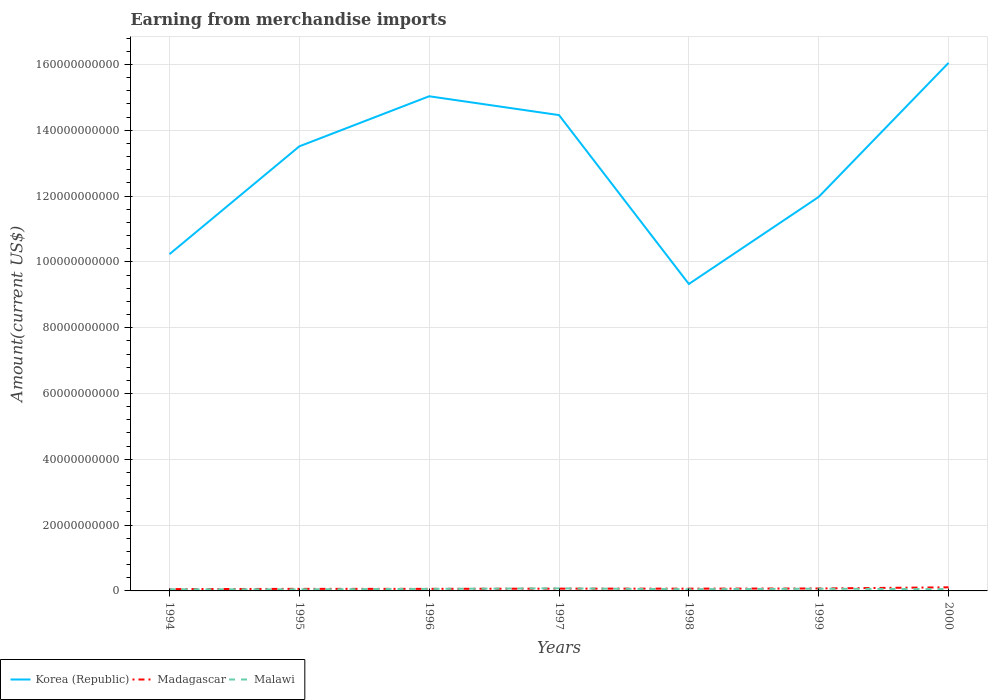
| Years | Korea (Republic) | Madagascar | Malawi |
 | --- | --- | --- | --- |
 | 1994 | 1.02e+11 | 5.46e+08 | 4.97e+08 |
 | 1995 | 1.35e+11 | 6.28e+08 | 4.75e+08 |
 | 1996 | 1.5e+11 | 6.29e+08 | 6.24e+08 |
 | 1997 | 1.45e+11 | 6.94e+08 | 7.81e+08 |
 | 1998 | 9.33e+10 | 6.93e+08 | 5.15e+08 |
 | 1999 | 1.2e+11 | 7.42e+08 | 6.73e+08 |
 | 2000 | 1.6e+11 | 1.1e+09 | 5.32e+08 |